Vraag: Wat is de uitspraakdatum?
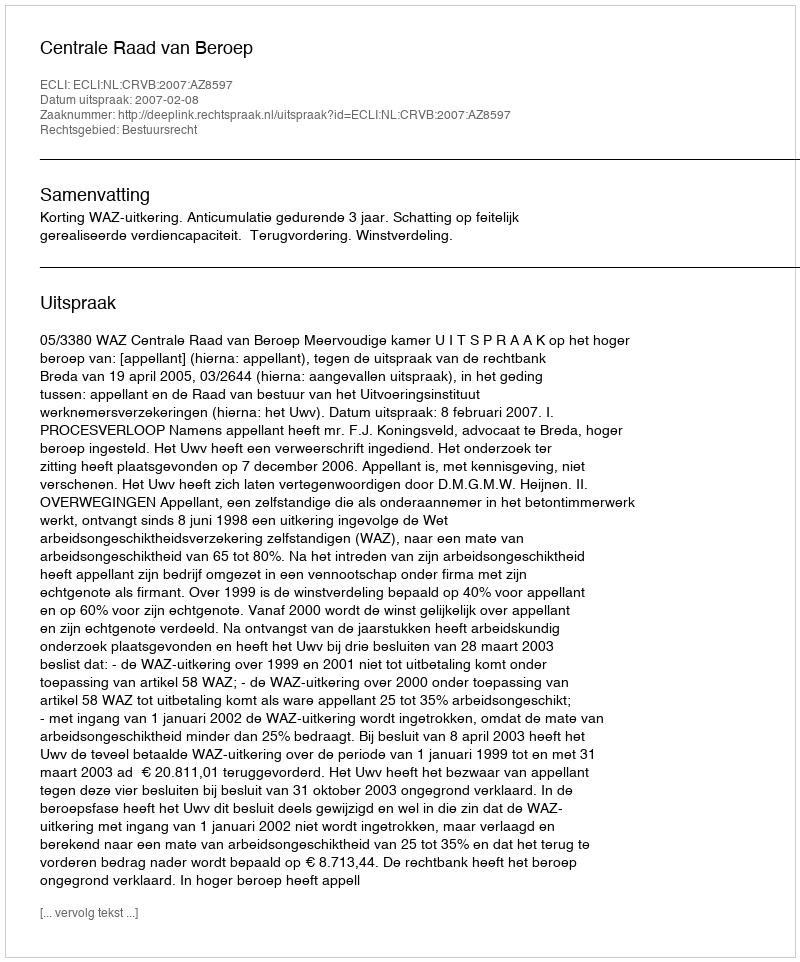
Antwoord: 2007-02-08